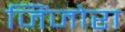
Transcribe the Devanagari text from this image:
जिंजोरा